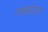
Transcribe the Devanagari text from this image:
लकांस्टर